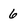
Character: 6